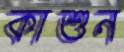
কাশুন